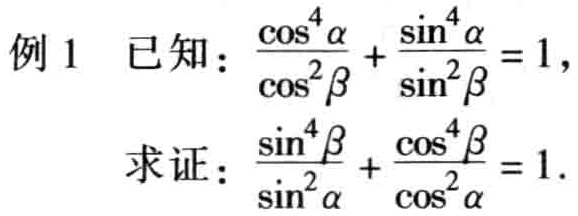
例1 已知：\(\frac{\cos^{4}\alpha}{\cos^{2}\beta}+\frac{\sin^{4}\alpha}{\sin^{2}\beta}=1\)，
求证：\(\frac{\sin^{4}\beta}{\sin^{2}\alpha}+\frac{\cos^{4}\beta}{\cos^{2}\alpha}=1\)。